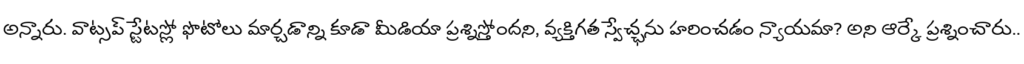
అన్నారు. వాట్సప్ స్టేటస్లో ఫొటోలు మార్చడాన్ని కూడా మీడియా ప్రశ్నిస్తోందని, వ్యక్తిగత స్వేచ్ఛను హరించడం న్యాయమా? అని ఆర్కే ప్రశ్నించారు..